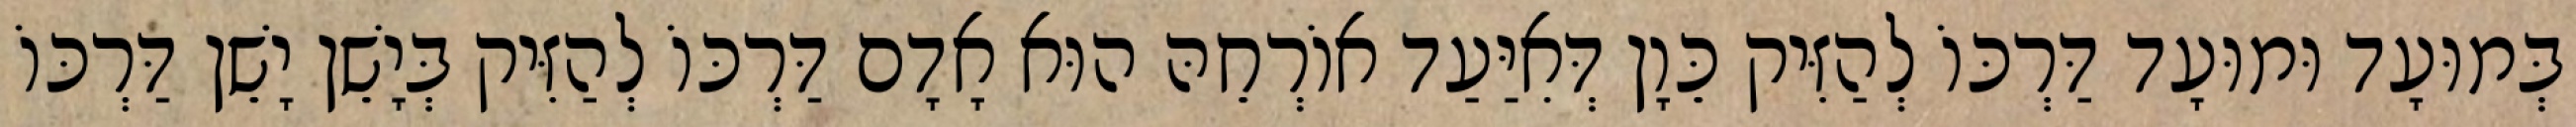
בְּמוּעָד וּמוּעָד דַּרְכּוֹ לְהַזִּיק כֵּוָן דְּאִיַּעַד אוֹרְחֵהּ הוּא אָדָם דַּרְכּוֹ לְהַזִּיק בְּיָשֵׁן יָשֵׁן דַּרְכּוֹ